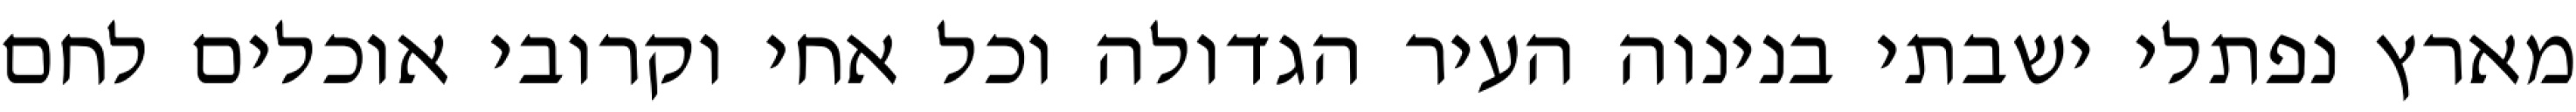
מארץ נפתלי ישבתי בנינוה העיר הגדולה וכל אחי וקרובי אוכלים לחם